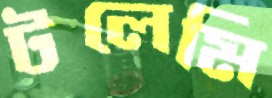
টলেমি